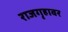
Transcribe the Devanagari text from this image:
राजगृहावर